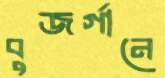
বুজর্গানে